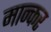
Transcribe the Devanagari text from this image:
मान्कर